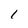
Character: I